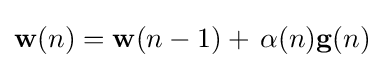
\mathbf {w} (n)=\mathbf {w} (n-1)+\,\alpha (n)\mathbf {g} (n)